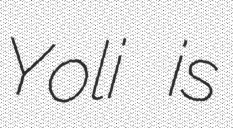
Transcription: Yoli is